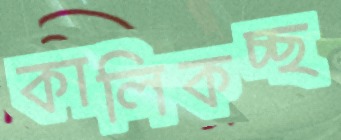
কালিকচ্ছ